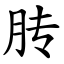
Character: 䏝